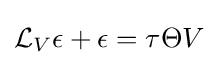
{\mathcal {L}}_{V}\epsilon +\epsilon =\tau \Theta V